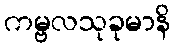
ကမ္ဗလသုခုမာနိ